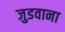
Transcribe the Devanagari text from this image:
जुडवाना